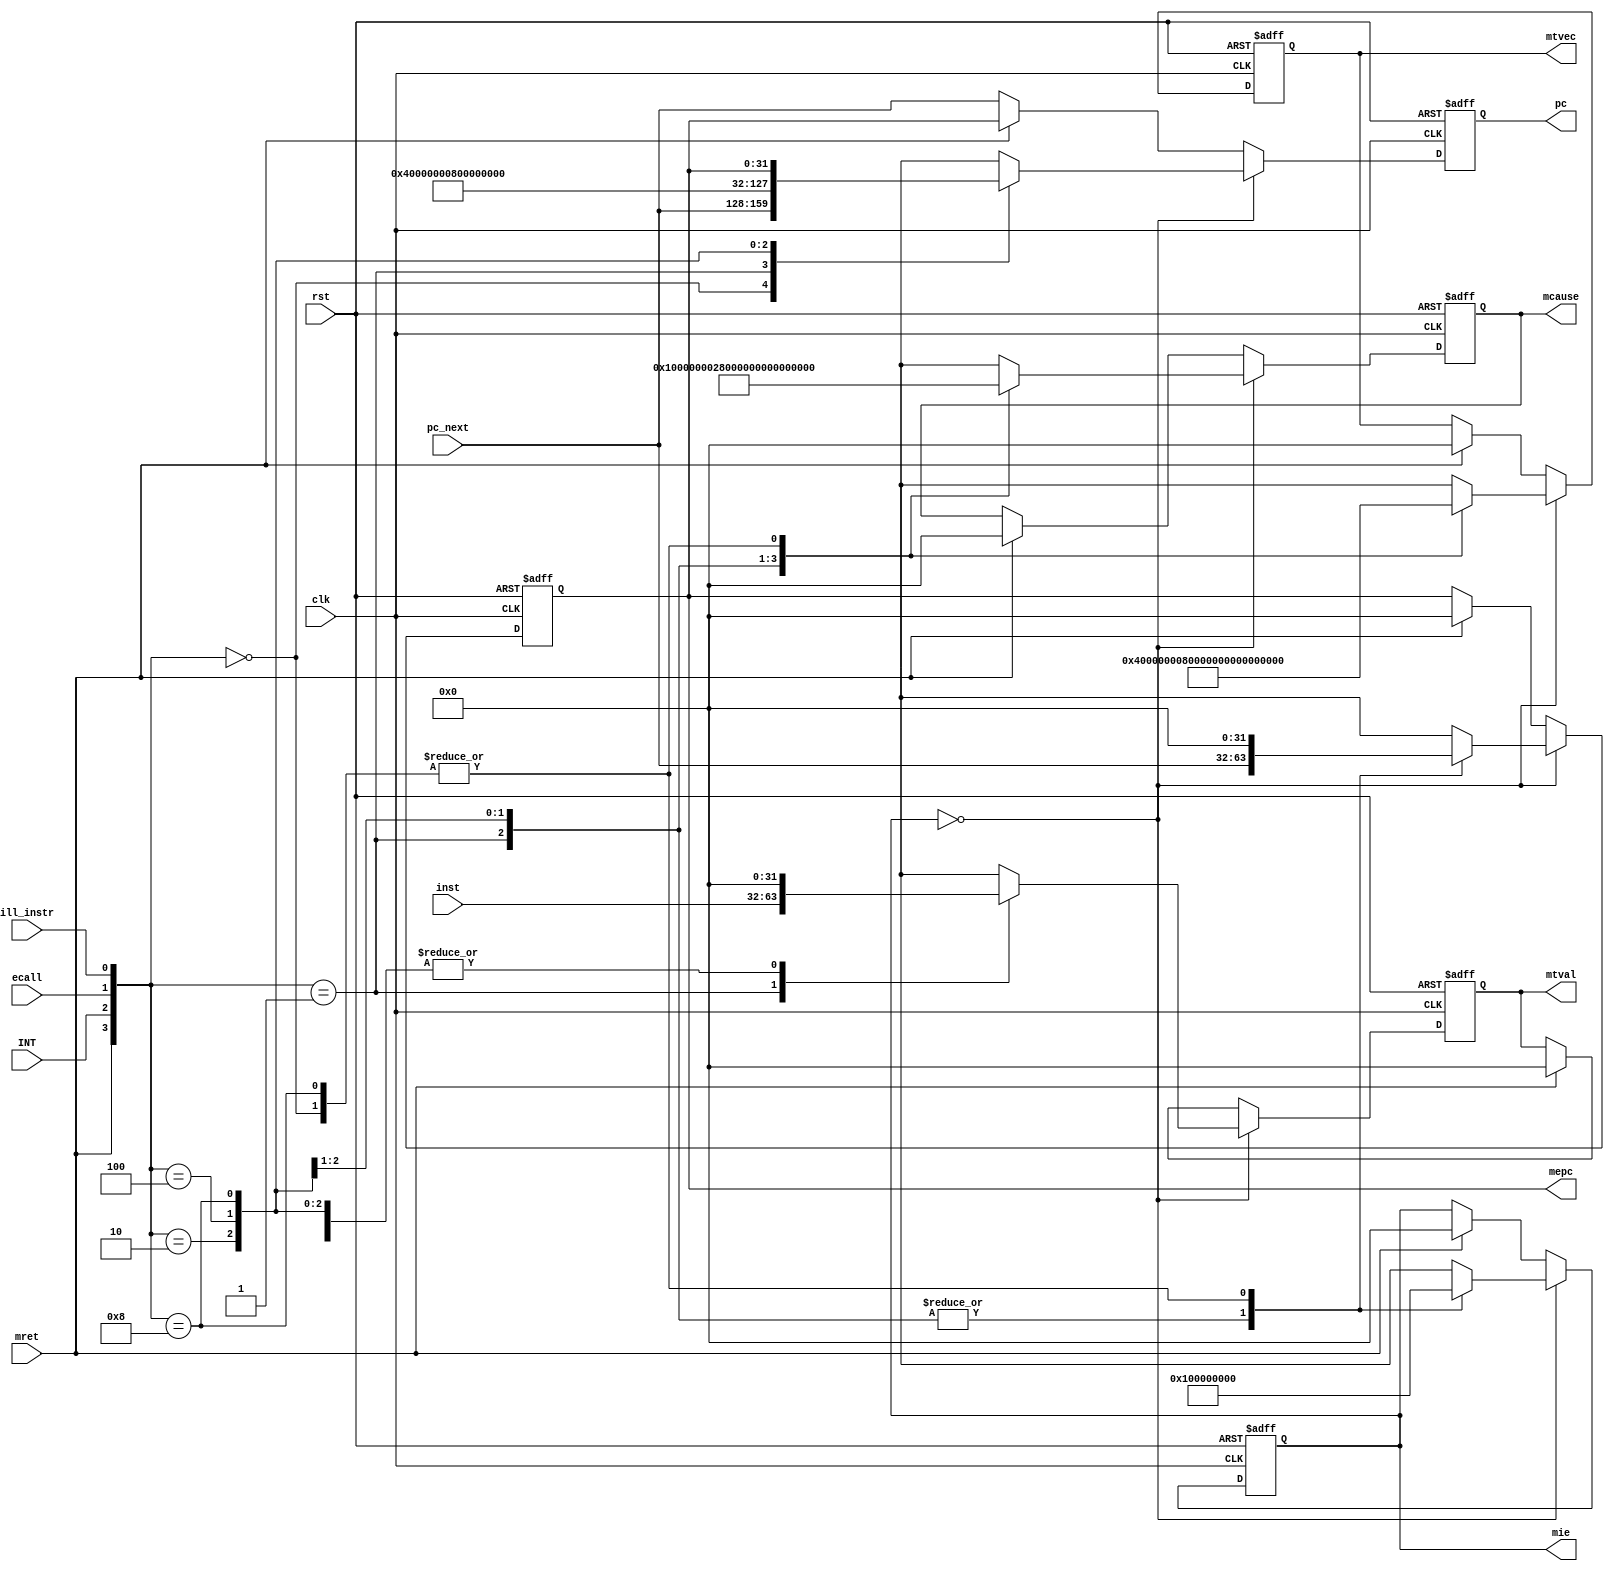
`timescale 1ns / 1ps
//////////////////////////////////////////////////////////////////////////////////
// Company: 
// Engineer: 
// 
// Design Name: 
// Module Name: RV_Int
// Project Name: 
// Target Devices: 
// Tool Versions: 
// Description: 
// 
// Dependencies: 
// 
// Revision:
// Revision 0.01 - File Created
// Additional Comments:
// 
//////////////////////////////////////////////////////////////////////////////////


module RV_Int(
    input clk,
    input rst,
    input INT,
    input ecall,
    input mret,
    input ill_instr,
    input [31:0]inst,
    input [31:0]pc_next,
    output reg[31:0] pc,
    output reg[31:0] mtvec,// 00 04ill 08ecall 0cint
    output reg[31:0] mcause,// 0 1ill 2ecall 3int
    output reg[31:0] mepc,//pc
    output reg[31:0] mtval,//
    output reg[31:0] mie//0 1
);

    always@(negedge clk or posedge rst)begin
        if(rst) begin 
            mtvec <= 32'b0;
            mcause <= 32'b0;
            mepc <= 32'b0;
            mtval <= 32'b0;
            mie <= 32'b0;
            pc <= 32'b0;
        end
        else begin
            if(mie == 32'b0) begin//
                case({mret, INT, ecall, ill_instr})
                    4'b0000: begin//
                        mtvec <= 32'b0;
                        mcause <= 32'b0;
                        mepc <= 32'b0;
                        mtval <= 32'b0;
                        mie <= 32'b0;
                        pc <= pc_next;
                    end
                    4'b0001: begin//ill_instr
                        mtvec <= 32'b0100;
                        mcause <= 32'h1;
                        mepc <= pc_next;
                        mtval <= inst;
                        mie <= 32'b1;
                        pc <= 32'b100;
                    end
                    4'b0010: begin//ecall
                        mtvec <= 32'b1000;
                        mcause <= 32'h2;
                        mepc <= pc_next;
                        mtval <= 32'b0;
                        mie <= 32'b1;
                        pc <= 32'b1000;
                    end
                    4'b0100: begin//int
                        mtvec <= 32'b1100;
                        mcause <= 32'h80000003;
                        mepc <= pc_next;
                        mtval <= 32'b0;
                        mie <= 32'b1;
                        pc <= 32'b1100;
                    end
                    4'b1000: begin//mret
                        mtvec <= 32'b0000;
                        mcause <= 32'h0;
                        mepc <= 32'b0;
                        mtval <= 32'b0;
                        mie <= 32'b0;
                        pc <= mepc;
                    end
                    default: begin
                        mtvec <= 32'bx;
                        mcause <= 32'bx;
                        mepc <= 32'bx;
                        mtval <= 32'bx;
                        mie <= 32'bx;
                        pc <= 32'bx;
                    end
                endcase
            end
            else begin//,
                if(mret == 1'b1) begin
                    mtvec <= 32'b0;
                    mcause <= 32'b0;
                    mepc <= 32'b0;
                    mtval <= 32'b0;
                    mie <= 32'b0;
                    pc <= mepc;
                end
                else begin
                    pc <= pc_next;
                end
            end
        end
    end
endmodule